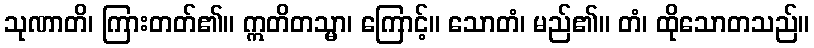
သုဏာတိ၊ ကြားတတ်၏။ ဣတိတသ္မာ၊ ကြောင့်။ သောတံ၊ မည်၏။ တံ၊ ထိုသောတသည်။